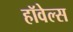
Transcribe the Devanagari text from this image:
हॉवेल्स